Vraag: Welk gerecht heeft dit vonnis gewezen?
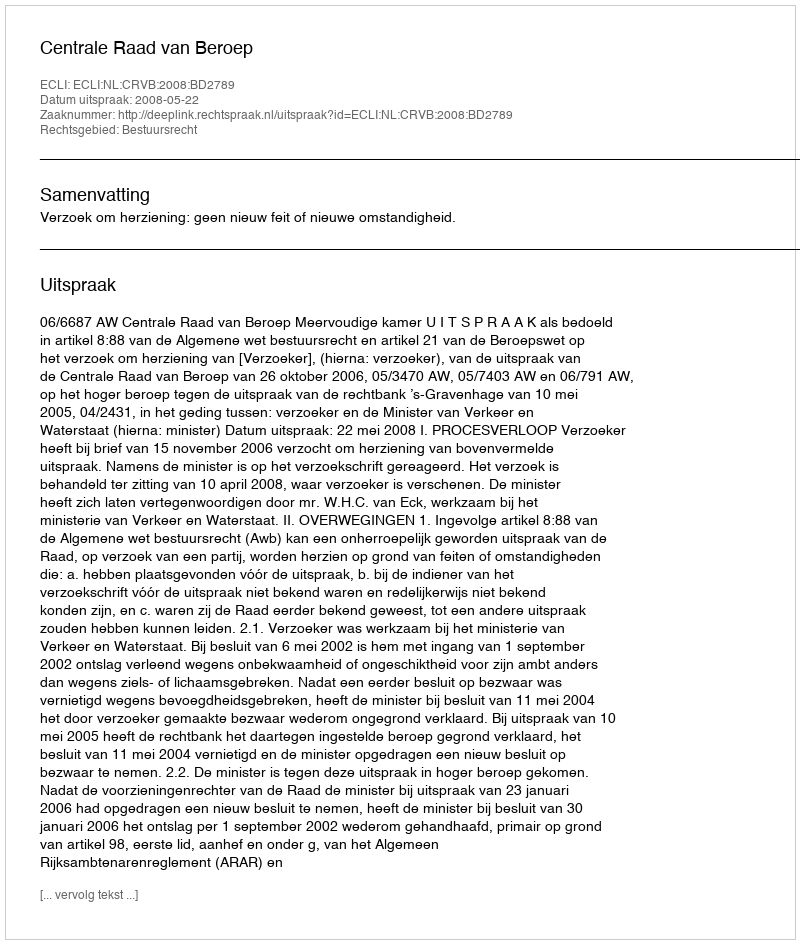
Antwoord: Centrale Raad van Beroep